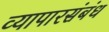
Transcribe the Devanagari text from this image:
व्यापारसंबंध